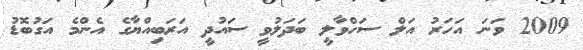
2009 ވަނަ އަހަރު އަލް ސަހްވާލީ ބަދަލުވީ ސައުދީ އަރަބިއްޔާގެ އެންމެ އަގުބޮޑު